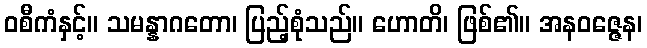
ဝစီကံနှင့်။ သမန္နာဂတော၊ ပြည့်စုံသည်။ ဟောတိ၊ ဖြစ်၏။ အနဝဇ္ဇေန၊